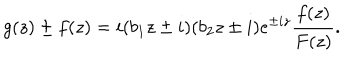
LaTeX: g ( z ) \pm f ( z ) = i ( b _ { 1 } z \pm i ) ( b _ { 2 } z \pm i ) e ^ { \pm i z } \frac { f ( z ) } { F ( z ) } .